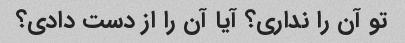
تو آن را نداری؟ آیا آن را از دست دادی؟